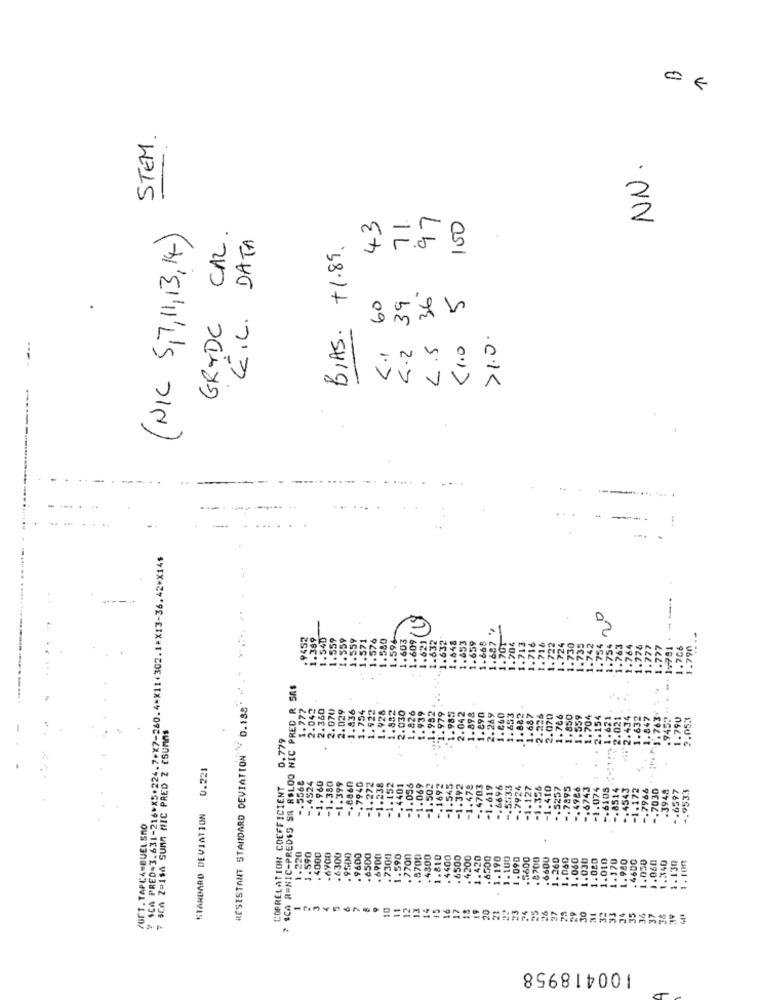
0 €
STEM.
NN.
97
(NIC 5,7, 11,13,14)
CAL.
43
71
100
G.L. DATA
BIAS. +1.89.
C.1 60
4.2 39
L .5 36
Cr.0 5
GRYDC
>1.0.
?SCA PRED=3.631-216*X5+224.7+X7-260.4*X11+302.1*X13-36.42*X14$
20
1.596
1.603
-609
.706
.790
ICA RENIC-PREDSS SA R$LOO NIC PRED R SAS
RESISTANT STANDARD DEVIATION ' D.188"
1.777
2.042
2.360
2.070
2.029
1.922
1.832
. 979
.898
-1.836
1.754
1.928
2.030
.826
39
.9-
.985
2.042
90
269
1.687
2.070
1.766
. 850
.559
1.704
2.154
1.421
2.021
1.632
1.847
763
1.790
2.05%
7 sCA Z=1$4 SUMA NIC PRED Z CSUMAS
0,779
STANDARD DEVIATION 0.221
CORRELATION COEFFICIENT
-. 1692
-. 5568
-. 4524
-1.960
-1.380
-1.399
-. 8860
-. 7940
-1.272
-1.238
-1.152
-. 4401
1.056
1.069
-1.502
-1.545
-1.392
-1.478
. 4703
-1-619
.6696
-. 7924
.356
-1.410
-. 5257
.7895
. 4986
.6743
-1.074
-- 6105
.8514
.4543
-1.172
.7966
-. 7030
.3948
.6597
-. 9533
JUCT. TAPC4-BUEL.SMO
1.220
1.590
. 4000
.6300
. 9600
.6900
1.590
.7700
.8700
. 4300
1.810
. 4400
. 6500
.4200
1.420
. 4500
. 1.190
1.100
1.090
.5600
. 8700
.6600
1.260
1.060
1.060
1.030
1.020
1.010
1.170
1.050
1.060
1.340
1.980
. 4600
1.130
1.100
3
2
10
11
12
13
16
17
20
21
23
34
26
27
28
29
30
34
35
36
37
38
100418958